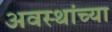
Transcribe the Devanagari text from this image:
अवस्थांच्या